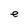
Character: e